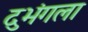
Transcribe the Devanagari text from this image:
दुभंगला